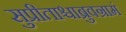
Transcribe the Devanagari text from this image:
सुप्रीताश्चाब्रुवन्रामं